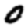
Digit: 0